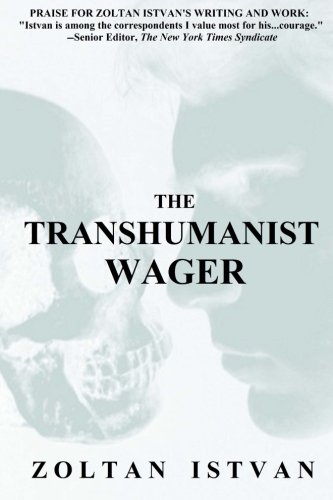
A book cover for The Transhumanist Wager; Zoltan Istvan; Politics & Social Sciences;